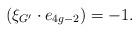
LaTeX: \begin{align*}(\xi_{G^{\prime}}\cdot e_{4g-2})=-1.\end{align*}